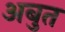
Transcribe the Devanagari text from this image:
अबुत